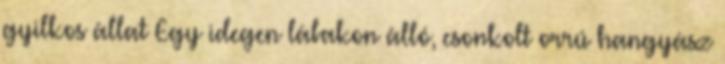
gyilkos állat Egy idegen lábakon álló, csonkolt orrú hangyász